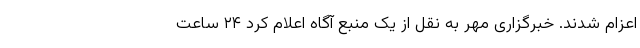
اعزام شدند. خبرگزاری مهر به نقل از یک منبع آگاه اعلام کرد ۲۴ ساعت